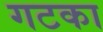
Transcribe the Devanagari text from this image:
गटका